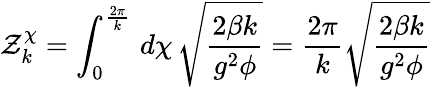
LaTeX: {\cal Z}_{k}^{\chi}=\int_{0}^{\frac{2\pi}{k}}\, d\chi\, \sqrt{\frac{2\beta k}{g^{2}\phi}}=\frac{2\pi}{k}\sqrt{\frac{2\beta k}{g^{2}\phi}}